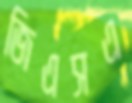
জিএসএ